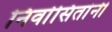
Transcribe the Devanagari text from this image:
निर्वासितांनी